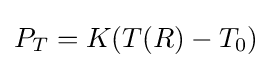
P_{T}=K(T(R)-T_{0})